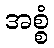
အစ္စံ